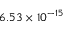
6 . 5 3 \times 1 0 ^ { - 1 5 }